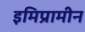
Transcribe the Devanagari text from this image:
इमिप्रामीन